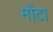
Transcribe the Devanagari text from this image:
मोंटा